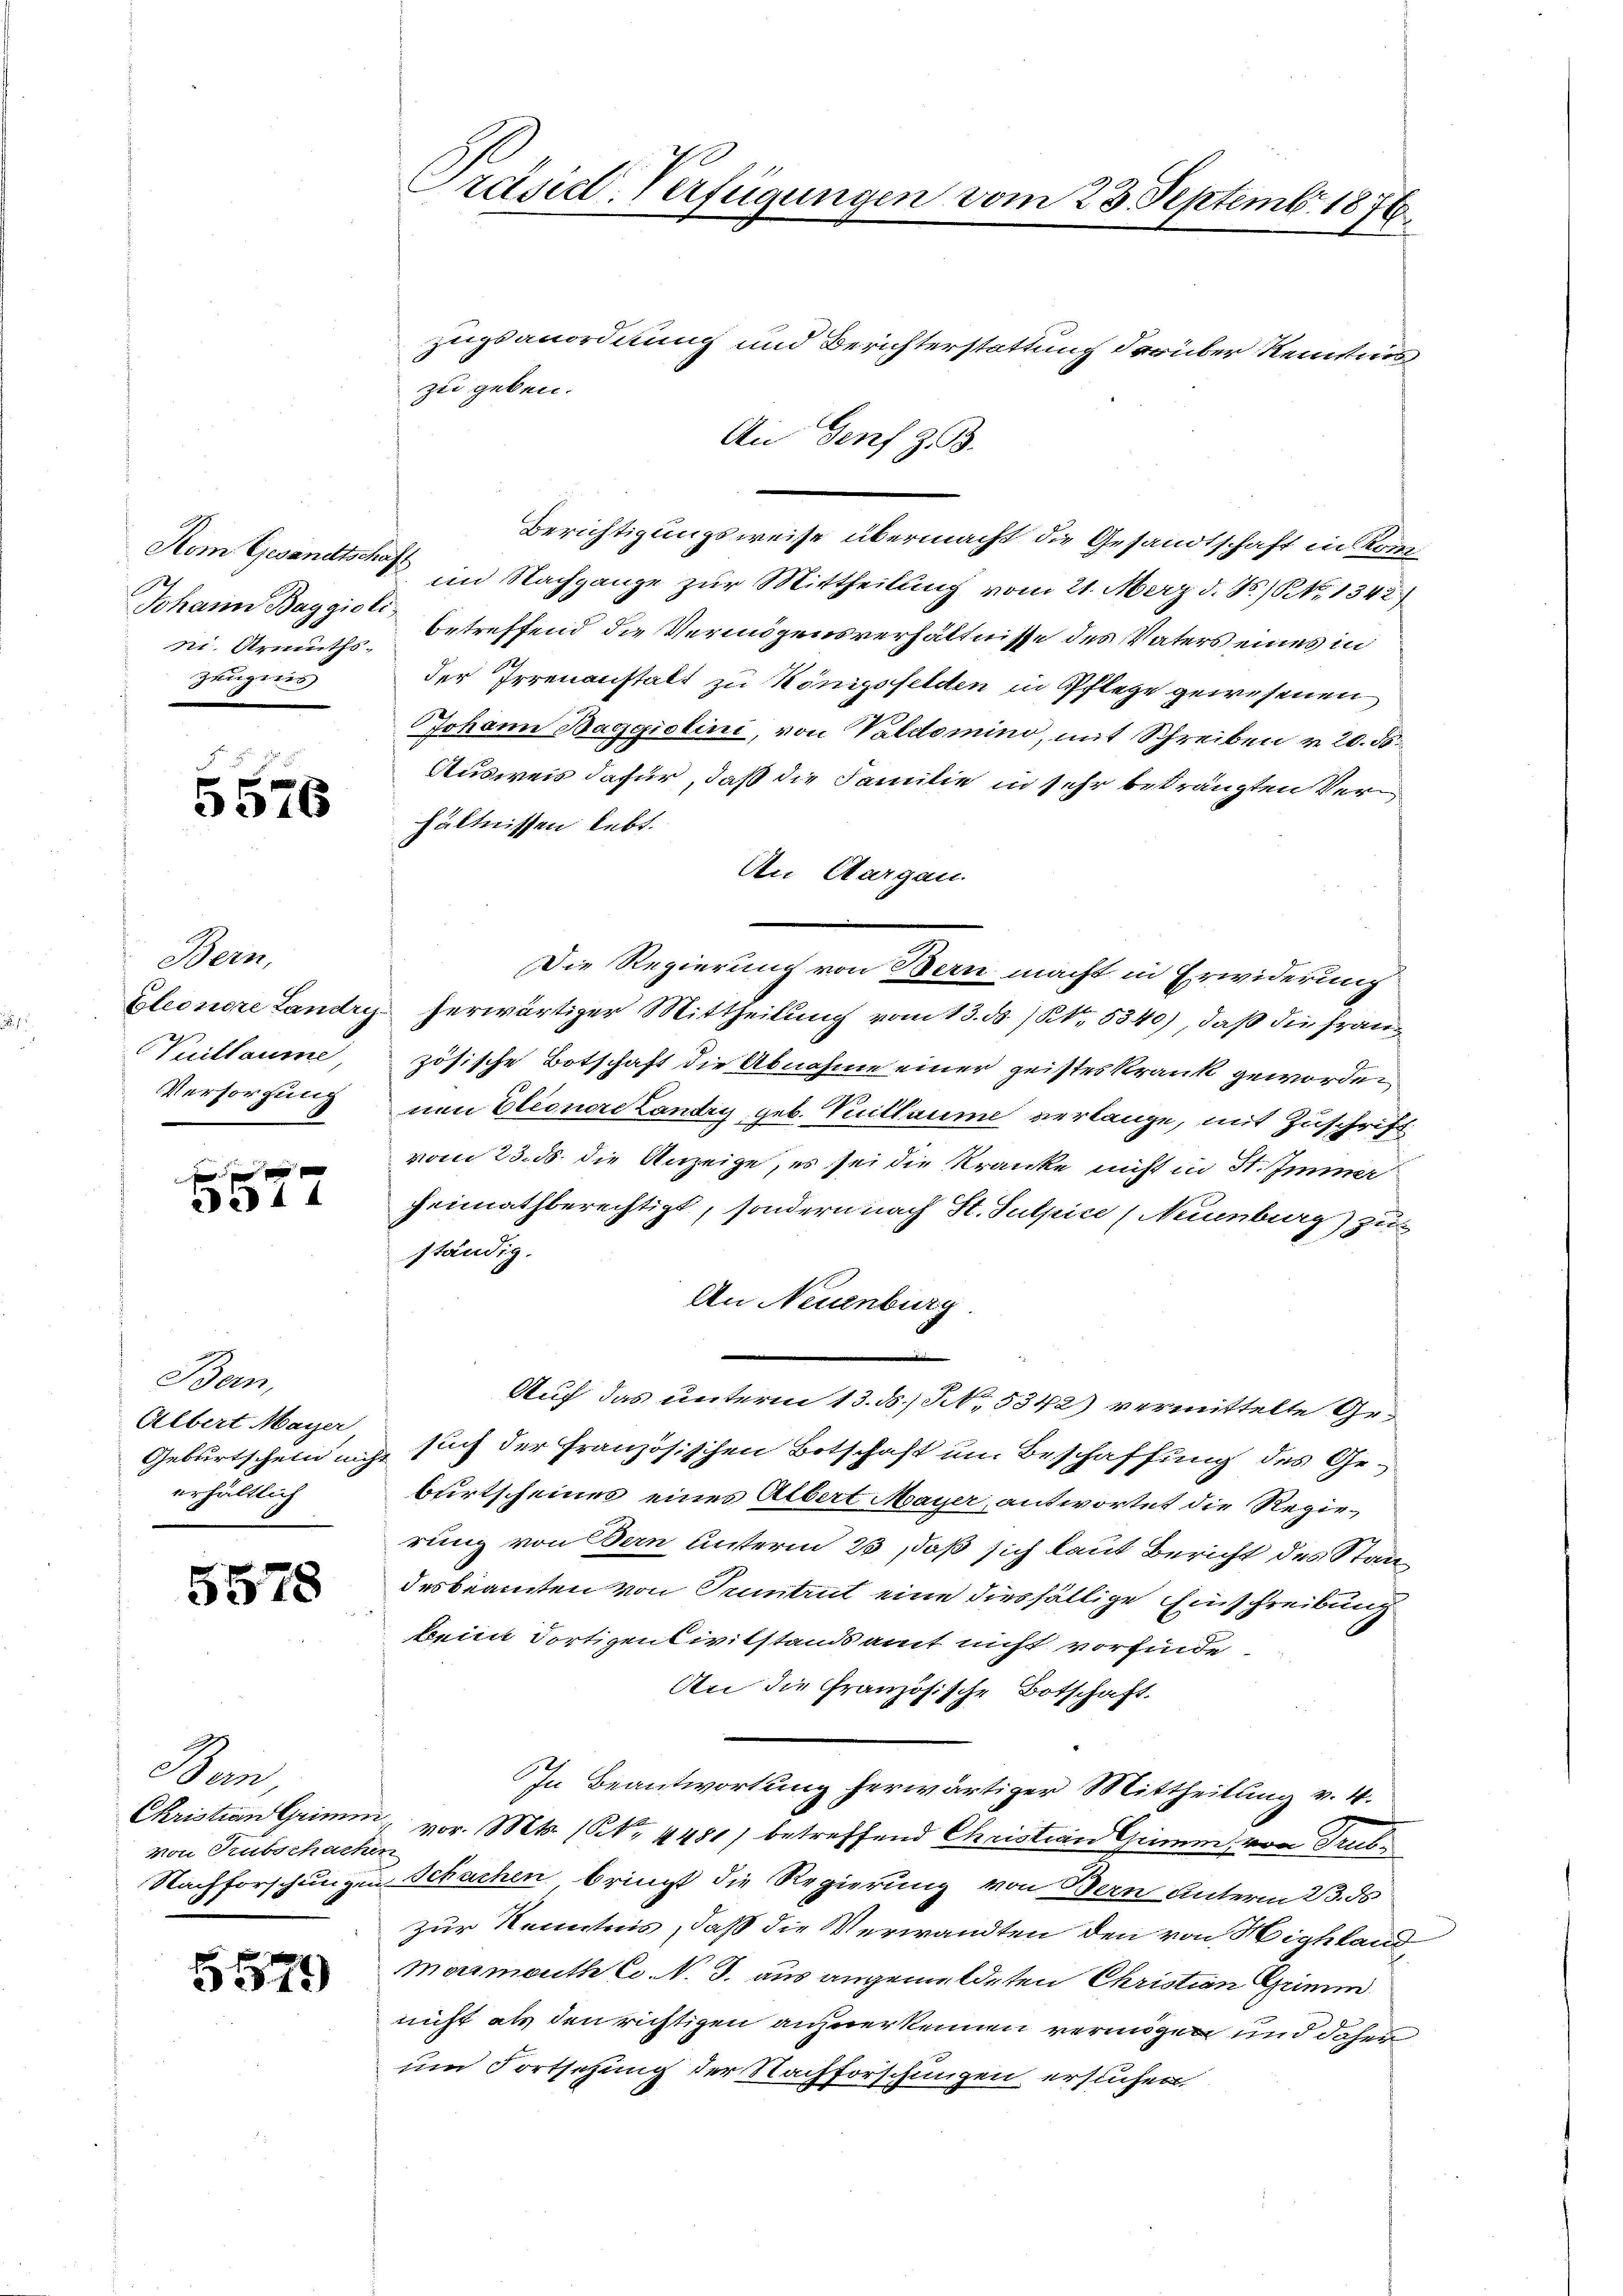
Johann Baggioli
Zeugnis

5576

Bern,
Puillaume,
Versorgung

a44

Bern,
Albert Mayer
erhältlich

5578

Ban
von Trubschachen

5579

Präsidl-Verfügungen vom 23. Septemb. 1876

Zugsanordnung und Berichterstattung darüber Kenntnis
zu geben.
An Genf z. B.
Berichtigungsweise übermacht die Gesandtschaft in Kon
Nom Gesandtsche im Nachgange zur Mittheilung vom 21. März d. Js.) NNo. 1342)
ni. Armuths Betreffend die Vermögensverhältnisse des Vaters eines in
der Irrenanstalt zu Königsfelden in Pflege gewesenen
Johann Baggiolini, von Valdomino, mit Schreiben v. 20. ds.
Ausweis dafür, daß die Familie in sehr beträngten Verhältnissen lebt.
An Aargau.
Die Regierung von Bern macht in Erwiderung
Eleonore Landry herwärtiger Mittheilung vom 13. ds. / No. 5340), daß die französische Botschaft die Abnahme einer geisteskrank geworden
nen Eleonore Landry geb. Vuillaume verlange, mit Zuschrift
vom 23. ds. die Anzeige, es sei die Kranke nicht in St. Immer
heimathberechtigt, sondern nach St. Sulpice (Neuenburg) zu
ständig.
An Neuenburg
Auf das unterm 13. ds., N. 5342) vermittelte Ge¬
Geburtschein nicht such der Französischen Botschaft um Beschaffung des Geburtscheines eines Albert Mayer antwortet die Regierung von Bern unterm 23, daß sich laut Bericht des Staadesbeamten von Truntrut eine diesfällige Einschreibung
beim dortizensivitstandsamt nicht vorfinde
An die Granzösische Botschaft.
In Beantwortung herwärtiger Mittheilung v. 4.
Christian Grimm, vor. Mts. (NNo. 4481) betreffend Christian Grimm, von Trub¬
Nachforschungen Schachen bringt die Regierung von Bern unterm 23. ds
zur Kenntnis, daß die Verwandten den von Highland
Mormouth Co. N. J. aus angemeldeten Christian Grimm
nicht als den richtigen anzuerkennen vermögen und daher
um Fortsetzung der Nachforschungen ersuchen